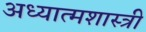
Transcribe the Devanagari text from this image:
अध्यात्मशास्त्री